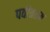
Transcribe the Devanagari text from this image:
पवीत्रतम